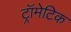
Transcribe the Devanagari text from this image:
ट्रॉमेटिक